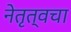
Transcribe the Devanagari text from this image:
नेतृत्वचा